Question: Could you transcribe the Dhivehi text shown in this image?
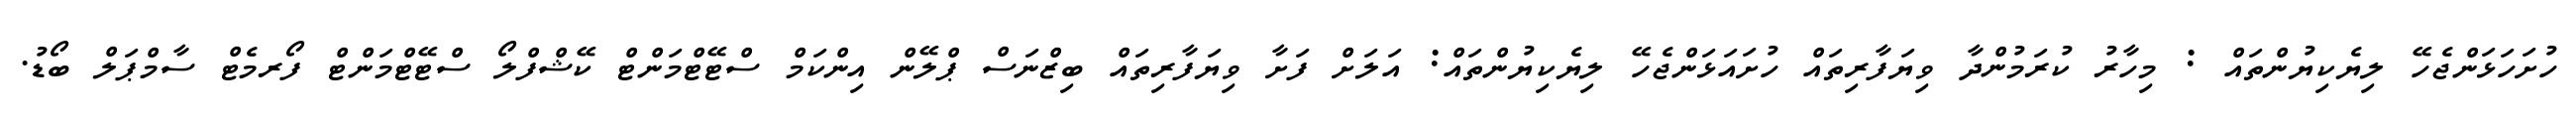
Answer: ހުށަހަޅަންޖެހޭ ލިޔެކިޔުންތައް : މިހާރު ކުރަމުންދާ ވިޔަފާރިތައް ހުށައަޅަންޖެހޭ ލިޔެކިޔުންތައް: އަލަށް ފަށާ ވިޔަފާރިތައް ބިޒްނަސް ޕްލޭން އިންކަމް ސްޓޭޓްމަންޓް ކޭޝްފްލޯ ސްޓޭޓްމަންޓް ފޯރމެޓް ސާމްޕަލް ބޯޑު.